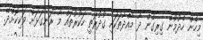
މިހެން ހެދުމުން ގިރިގެން ދާ މާއްދާތަކައި ގުދުރަތީ ހަކުރުތައް މާ ރަނގަޅަށް ވަކިކޮށްދޭ.